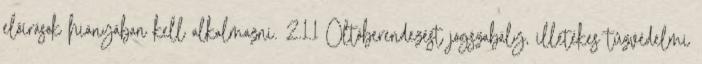
elõírások hiányában kell alkalmazni. 2.1.1 Oltóberendezést jogszabály, illetékes tûzvédelmi